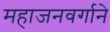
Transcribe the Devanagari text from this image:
महाजनवर्गाने